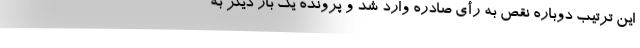
این ترتیب دوباره نقص به رأی صادره وارد شد و پرونده یک بار دیگر به